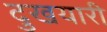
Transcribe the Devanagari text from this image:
दुखयारी